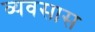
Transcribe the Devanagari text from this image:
व्यवसास